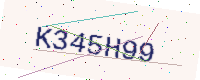
Text: K345H99